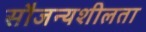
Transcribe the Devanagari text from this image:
सौजन्यशीलता